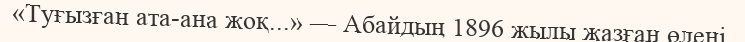
«Туғызған ата-ана жоқ...» — Абайдың 1896 жылы жазған өлеңі.